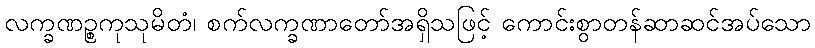
လက္ခဏဉ္စကုသုမိတံ၊ စက်လက္ခဏာတော်အရှိသဖြင့် ကောင်းစွာတန်ဆာဆင်အပ်သော